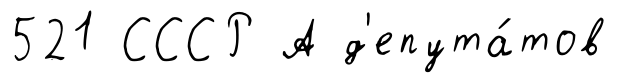
521 СССР А д'епута́тов